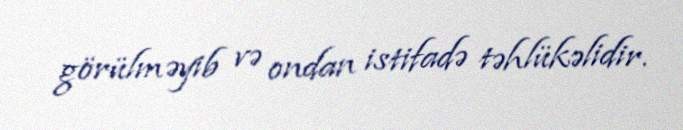
görülməyib və ondan istifadə təhlükəlidir.